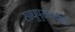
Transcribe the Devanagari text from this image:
साधुपुरुषाचीही